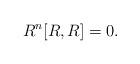
LaTeX: \begin{align*}R^n[R,R] = 0.\end{align*}